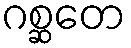
ဂစ္ဆတေ